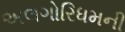
અલગોરિધમની